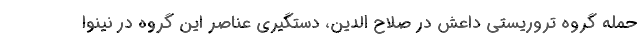
حمله گروه تروریستی داعش در صلاح الدین، دستگیری عناصر این گروه در نینوا